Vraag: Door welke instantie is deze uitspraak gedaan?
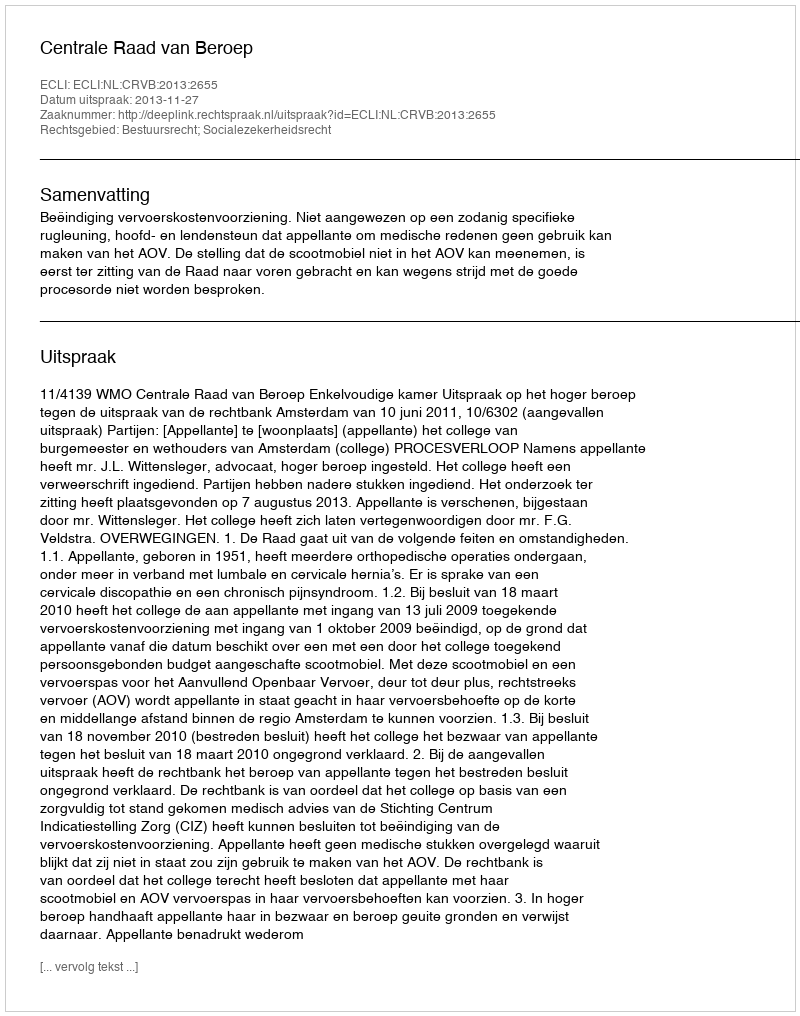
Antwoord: Centrale Raad van Beroep